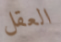
العقل